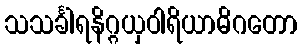
သသင်္ခါရနိဂ္ဂယှဝါရိယာဓိဂတော